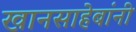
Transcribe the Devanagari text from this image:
खानसाहेबांनी